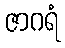
ဇာဂရံ